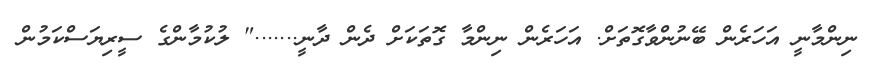
ނިންމާނީ އަހަރެން ބޭނުންވާގޮތަށް. އަހަރެން ނިންމާ ގޮތަކަށް ދެން ދާނީ......." ލުކުމާންގެ ސީރިޔަސްކަމުން